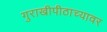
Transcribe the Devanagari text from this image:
गुराखीपीठाच्यावर